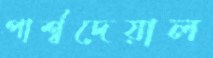
পার্শ্বদেয়াল